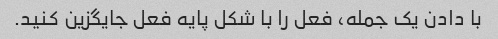
با دادن یک جمله، فعل را با شکل پایه فعل جایگزین کنید.